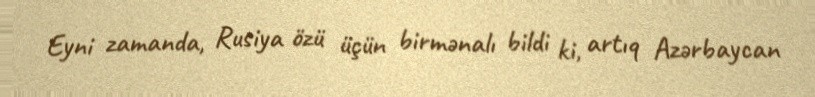
Eyni zamanda, Rusiya özü üçün birmənalı bildi ki, artıq Azərbaycan